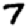
Digit: 7